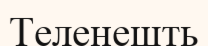
Теленешть